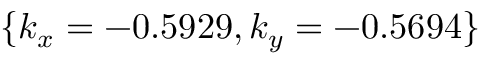
\{ k _ { x } = - 0 . 5 9 2 9 , k _ { y } = - 0 . 5 6 9 4 \}